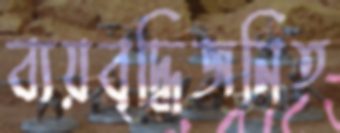
ব্যয়বৃদ্ধিজনিত